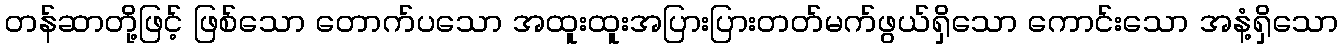
တန်ဆာတို့ဖြင့် ဖြစ်သော တောက်ပသော အထူးထူးအပြားပြားတတ်မက်ဖွယ်ရှိသော ကောင်းသော အနံ့ရှိသော